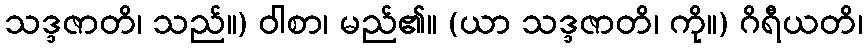
သဒ္ဒဇာတိ၊ သည်။) ဝါစာ၊ မည်၏။ (ယာ သဒ္ဒဇာတိ၊ ကို။) ဂိရီယတိ၊